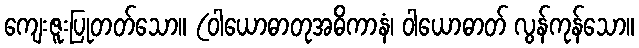
ကျေးဇူးပြုတတ်သော။ (ဝါယောဓာတုအဓိကာနံ၊ ဝါယောဓာတ် လွန်ကုန်သော။